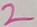
Text: 2